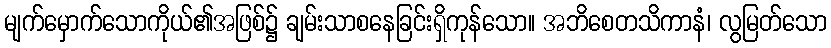
မျက်မှောက်သောကိုယ်၏အဖြစ်၌ ချမ်းသာစနေခြင်းရှိကုန်သော။ အဘိစေတသိကာနံ၊ လွမြတ်သော